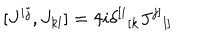
[ J ^ { i j } , J _ { k l } ] = 4 i \delta ^ { [ i } { } _ { [ k } J ^ { j ] } { } _ { l ] }